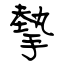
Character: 摰